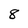
Character: 8